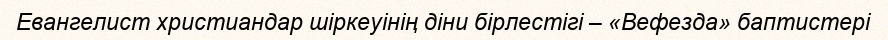
Евангелист христиандар шіркеуінің діни бірлестігі – «Вефезда» баптистері